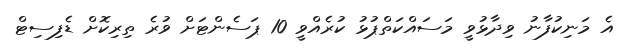
އެ މަނިކުފާނު ވިދާޅުވީ މަސައްކަތްޕުޅު ކުރެއްވީ 10 ޕަސެންޓަށް ވުރެ ތިރިކޮށް ޑެފިސިޓް